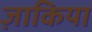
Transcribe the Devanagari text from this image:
ज़ाकिया